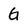
Character: G